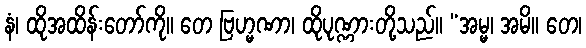
နံ၊ ထိုအထိန်းတော်ကို။ တေ ဗြဟ္မဏာ၊ ထိုပုဏ္ဏားတို့သည်။ “အမ္မ၊ အမိ။ တေ၊